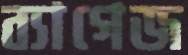
ব্যাগেজ